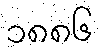
၁၈၈၆